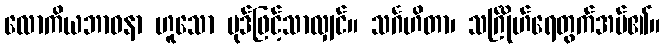
လောကိယဘာဝနာ ဟူသော ပုဒ်ဖြင့်သာလျှင်။ သင်္ဂဟိတာ၊ သင်္ဂြိုဟ်ရေတွက်အပ်၏။